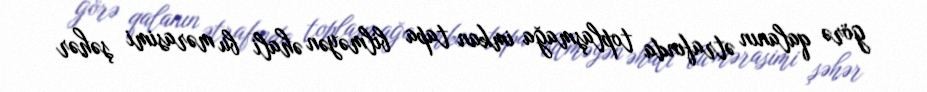
görə qalanın ətrafında toplaşmağa imkan tapa bilməyən əhali bu mərasimi şəhər